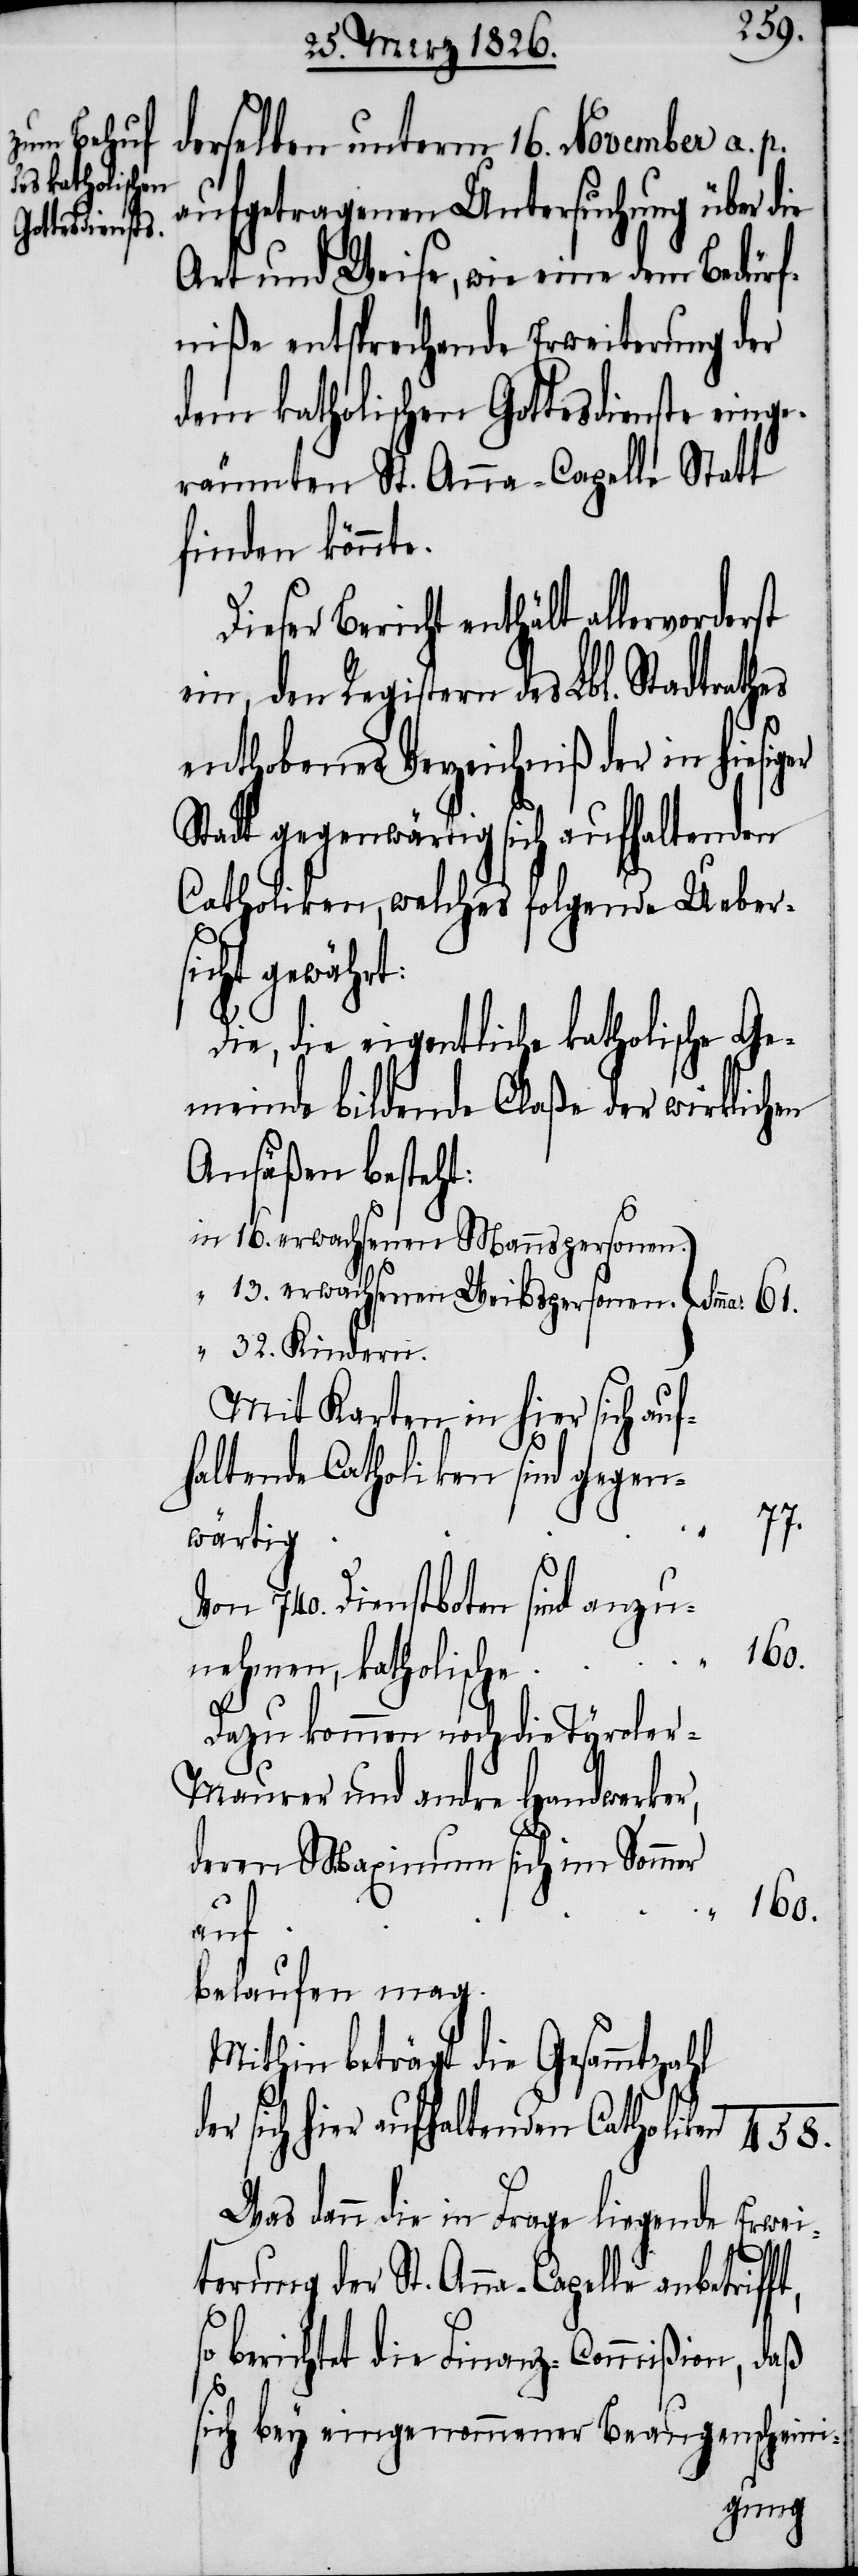
derselben unterm 16. November a. p.
aufgetragenen Untersuchung über die
Art und Weise, wie eine dem Bedürf¬
niße entsprechende Erweiterung der
dem katholischen Gottesdienste einge¬
räumten St. Anna-Capelle Statt
finden könnte.
Dieser Bericht enthält
ein, den Registern des Lbl. Stadtrath¬
enthobenes Verzeichniß der in hiesig¬
Stadt gegenwärtig sich aufhaltenden
Catholiken, welches folgende Uebers¬
icht gewährt:
Die, die eigentliche katholische Ge¬
meinde bildende Claße der wirklichen
Ansäßen besteht:
16. erwachsenen Mannspersonen.
13. erwachsenen Weibspersonen
32. Kindern
Mit Karten in hier sich auf¬
haltende Catholiken sind gegen¬
ft,
s¬
wärtig
Von 740. Dienstboten sind anzu¬
nehmen, katholische
Dazu kommen noch die Tyrole¬
r-Maurer und andre Handwerker,
deren Maximum sich im Sommer
d¬
160.
auf
belaufen mag.
Mithin beträgt die Gesammtzahl
er sich hier aufhaltenden Catholiken
Was dann die in Frage liegende Erwei¬
terung der St. Anna-Capelle anbetrif¬
o berichtet die Finanz-Commißion, daß
sich bey eingenommener Beaugenscheini-